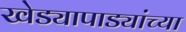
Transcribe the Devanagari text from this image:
खेड्यापाड्यांच्या